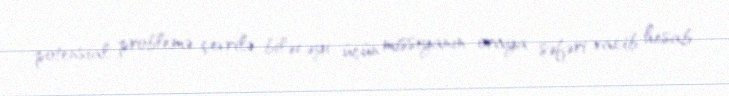
potensial problemə çevrilə biləcəyi üçün missiyanın oraya səfəri vacib hesab